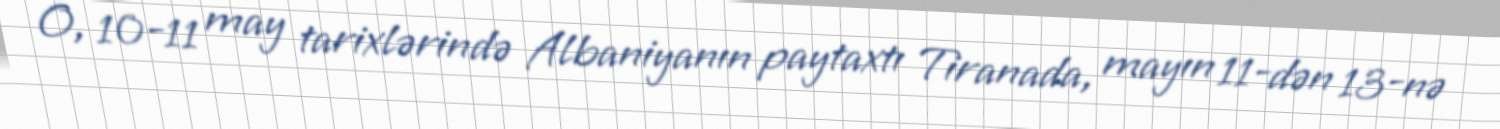
O, 10-11 may tarixlərində Albaniyanın paytaxtı Tiranada, mayın 11-dən 13-nə